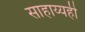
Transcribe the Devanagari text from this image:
साहाय्यही